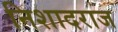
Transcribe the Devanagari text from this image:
निशादराज